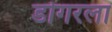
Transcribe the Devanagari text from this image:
डोगरला